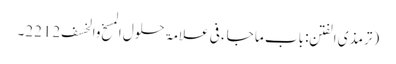
(ترمذی الفتن: باب ما جاء فی علامۃ حلول المسخ والخسف 2212۔